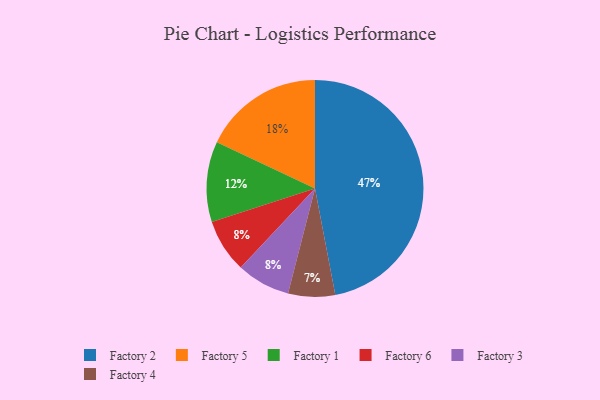
{"axis": {"x": "Category", "y": "Percentage"}, "legend": ["Factory 1", "Factory 2", "Factory 3", "Factory 4", "Factory 5", "Factory 6"], "data": [{"x": "Factory 6", "y": 8, "type": "Factory 6"}, {"x": "Factory 3", "y": 8, "type": "Factory 3"}, {"x": "Factory 4", "y": 7, "type": "Factory 4"}, {"x": "Factory 5", "y": 18, "type": "Factory 5"}, {"x": "Factory 2", "y": 47, "type": "Factory 2"}, {"x": "Factory 1", "y": 12, "type": "Factory 1"}]}